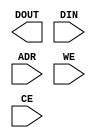
/*
 * Copyright 2018 ISP RAS (http://www.ispras.ru)
 *
 * Licensed under the Apache License, Version 2.0 (the "License");
 * you may not use this file except in compliance with the License.
 * You may obtain a copy of the License at
 *
 *     http://www.apache.org/licenses/LICENSE-2.0
 *
 * Unless required by applicable law or agreed to in writing, software
 * distributed under the License is distributed on an "AS IS" BASIS,
 * WITHOUT WARRANTIES OR CONDITIONS OF ANY KIND, either express or implied.
 * See the License for the specific language governing permissions and
 * limitations under the License.
 */

// IEEE Std 1364-2005
//   4. Data types
//    4.10 Parameters
//      4.10.3 Specify parameters
//        Example 2
module RAM16GEN (output [7:0] DOUT, input [7:0] DIN, input [5:0] ADR, input WE, CE);
  specparam dhold = 1.0;
  specparam ddly = 1.0;
  parameter width = 1;
`ifdef NEGATIVE_TEST
  parameter regsize = dhold + 1.0; // Illegal - cannot assign
                                   // specparams to parameters
`endif
endmodule